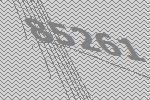
85261